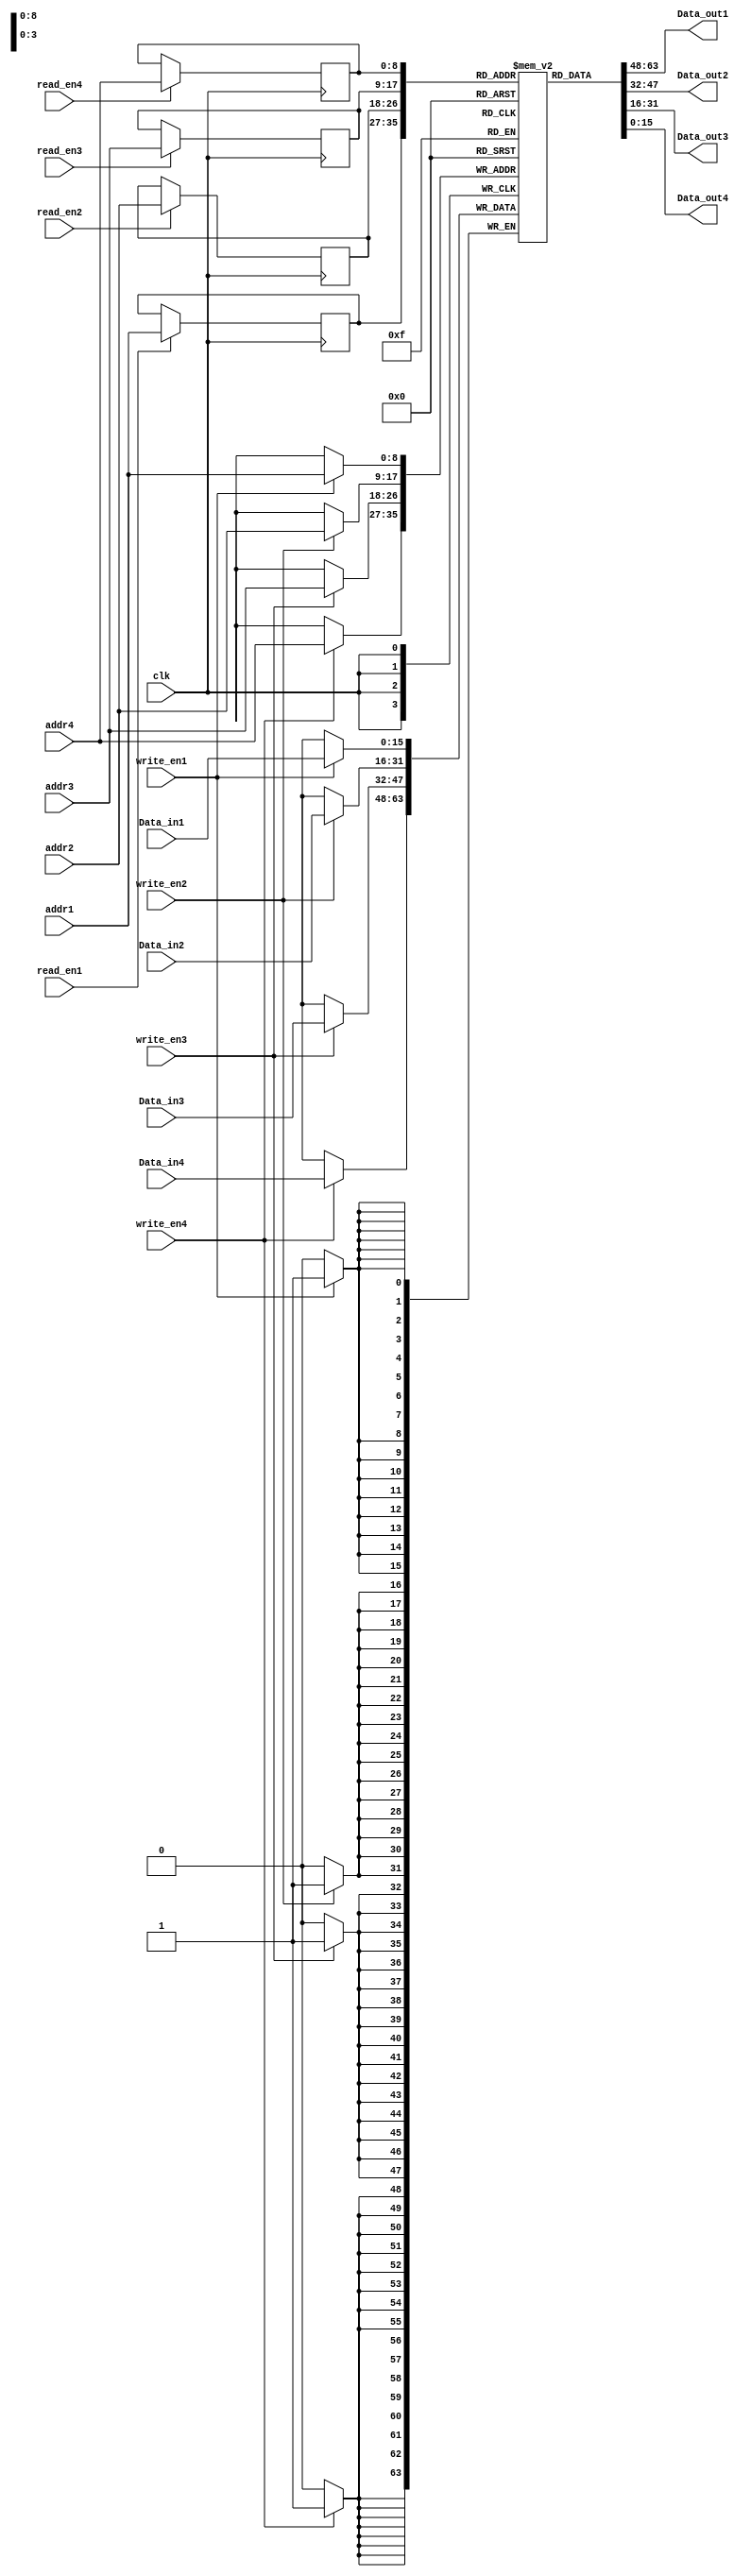
module quadport_ram(
    clk,
    write_en1,write_en2,write_en3,write_en4,
    read_en1,read_en2,read_en3,read_en4,
    addr1,addr2,addr3,addr4,
    Data_in1,Data_in2,Data_in3,Data_in4,
    Data_out1,Data_out2,Data_out3,Data_out4
);

    input clk,write_en1,write_en2,write_en3,write_en4;
    input read_en1,read_en2,read_en3,read_en4;
    input[8:0] addr1,addr2,addr3,addr4;
    input[15:0] Data_in1,Data_in2,Data_in3,Data_in4;
    output[15:0] Data_out1,Data_out2,Data_out3,Data_out4;

    reg[15:0] quadport_ram[511:0];
    reg[8:0] addr_read1,addr_read2,addr_read3,addr_read4;

    always @(posedge clk) 
    begin
      if (write_en1 == 1) 
        begin
           quadport_ram[addr1] <= Data_in1;
           //addr_read1 <= addr1; 
        end
        if (read_en1 == 1)
        begin
            addr_read1 <= addr1;
        end 
  

      if (write_en2 == 1) 
        begin
           quadport_ram[addr2] <= Data_in2;
           //addr_read2 <= addr2; 
        end
        if (read_en2 == 1)
        begin
            addr_read2 <= addr2;
        end    
  

      if (write_en3 == 1) 
        begin
           quadport_ram[addr3] <= Data_in3;
           //addr_read3 <= addr3; 
        end
        if (read_en3 == 1)
        begin
            addr_read3 <= addr3;
        end 
 

      if (write_en4 == 1) 
        begin
           quadport_ram[addr4] <= Data_in4;
           //addr_read2 <= addr2; 
        end
        if (read_en4 == 1)
        begin
            addr_read4 <= addr4;
        end

        end    

    assign Data_out1 = quadport_ram[addr_read1];
    assign Data_out2 = quadport_ram[addr_read2];
    assign Data_out3 = quadport_ram[addr_read3];
    assign Data_out4 = quadport_ram[addr_read4];

endmodule